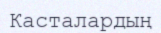
Касталардың